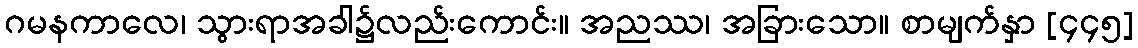
ဂမနကာလေ၊ သွားရာအခါ၌လည်းကောင်း။ အညဿ၊ အခြားသော။ စာမျက်နှာ [၄၄၅]